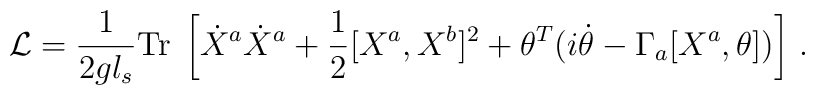
{\cal L} = \frac{1}{2gl_s}  {\rm Tr}\; \left[\dot{X}^a \dot{X}^a+\frac{1}{2}[X^a, X^b]^2 + \theta^T (i \dot{\theta}-\Gamma_a[X^a, \theta]) \right]\,.